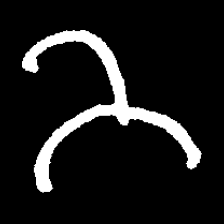
Pyu character \u2014 Myanmar letter: ဘ (romanized: bha)